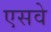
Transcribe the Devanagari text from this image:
एसवे